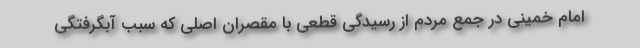
امام خمینی در جمع مردم از رسیدگی قطعی با مقصران اصلی که سبب آبگرفتگی